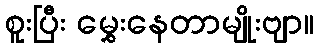
စူးပြီး မွှေးနေတာမျိုးဗျာ။